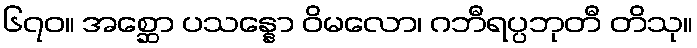
၆၇၀။ အစ္ဆော ပသန္နော ဝိမလော၊ ဂဘီရပ္ပဘုတီ တိသု။